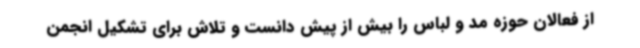
از فعالان حوزه مد و لباس را بیش از پیش دانست و تلاش برای تشکیل انجمن